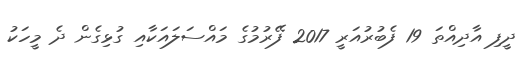
ދީފި އާދިއްތަ 19 ފެބުރުއަރީ 2017 ފޭރުމުގެ މައްސަލައަކާއި ގުޅިގެން ދެ މީހަކު